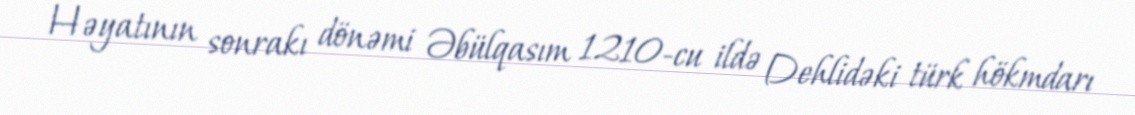
Həyatının sonrakı dönəmi Əbülqasım 1210-cu ildə Dehlidəki türk hökmdarı